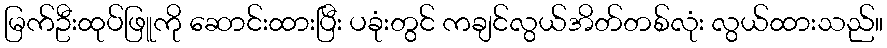
မြက်ဦးထုပ်ဖြူကို ဆောင်းထားပြီး ပခုံးတွင် ကချင်လွယ်အိတ်တစ်လုံး လွယ်ထားသည်။